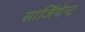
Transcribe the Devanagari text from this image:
सार्जियेन्ट